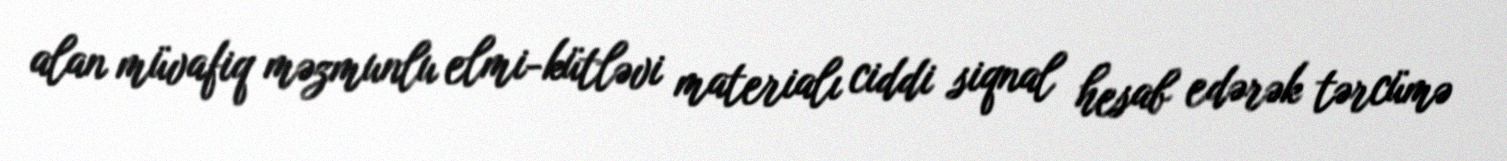
alan müvafiq məzmunlu elmi-kütləvi materialı ciddi siqnal hesab edərək tərcümə